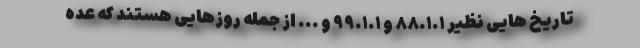
تاریخ هایی نظیر ۸۸.۱.۱ و ۹۹.۱.۱ و ... از جمله روزهایی هستند که عده